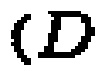
$(D)$